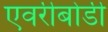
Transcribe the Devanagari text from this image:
एवरीबोडी